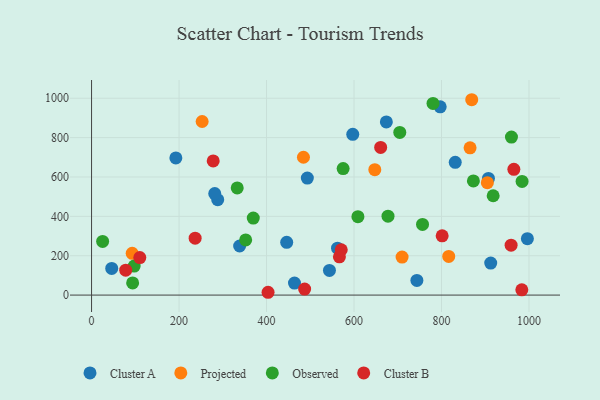
{"axis": {"x": "Speed", "y": "Sales"}, "legend": ["Cluster A", "Cluster B", "Observed", "Projected"], "data": [{"x": "46.1", "y": 135.6, "type": "Cluster A"}, {"x": "338.5", "y": 249.4, "type": "Cluster A"}, {"x": "288.4", "y": 484.7, "type": "Cluster A"}, {"x": "463.9", "y": 60.8, "type": "Cluster A"}, {"x": "597.1", "y": 816.4, "type": "Cluster A"}, {"x": "493.3", "y": 594.6, "type": "Cluster A"}, {"x": "192.7", "y": 696.6, "type": "Cluster A"}, {"x": "543.8", "y": 125.3, "type": "Cluster A"}, {"x": "446.1", "y": 267.8, "type": "Cluster A"}, {"x": "562.3", "y": 238.3, "type": "Cluster A"}, {"x": "797.0", "y": 956.4, "type": "Cluster A"}, {"x": "673.9", "y": 879.6, "type": "Cluster A"}, {"x": "996.3", "y": 286.6, "type": "Cluster A"}, {"x": "281.6", "y": 515.9, "type": "Cluster A"}, {"x": "907.3", "y": 592.7, "type": "Cluster A"}, {"x": "912.5", "y": 162.4, "type": "Cluster A"}, {"x": "743.7", "y": 74.5, "type": "Cluster A"}, {"x": "831.4", "y": 674.6, "type": "Cluster A"}, {"x": "865.3", "y": 748.1, "type": "Projected"}, {"x": "869.1", "y": 992.4, "type": "Projected"}, {"x": "816.5", "y": 196.5, "type": "Projected"}, {"x": "904.8", "y": 570.9, "type": "Projected"}, {"x": "709.9", "y": 192.9, "type": "Projected"}, {"x": "484.4", "y": 700.2, "type": "Projected"}, {"x": "647.5", "y": 637.0, "type": "Projected"}, {"x": "252.8", "y": 881.7, "type": "Projected"}, {"x": "92.9", "y": 212.3, "type": "Projected"}, {"x": "575.1", "y": 642.8, "type": "Observed"}, {"x": "369.7", "y": 391.1, "type": "Observed"}, {"x": "918.1", "y": 504.5, "type": "Observed"}, {"x": "25.3", "y": 272.5, "type": "Observed"}, {"x": "352.3", "y": 280.3, "type": "Observed"}, {"x": "780.6", "y": 973.8, "type": "Observed"}, {"x": "959.9", "y": 802.8, "type": "Observed"}, {"x": "97.4", "y": 147.4, "type": "Observed"}, {"x": "984.2", "y": 577.6, "type": "Observed"}, {"x": "677.7", "y": 401.0, "type": "Observed"}, {"x": "93.9", "y": 62.0, "type": "Observed"}, {"x": "608.9", "y": 398.2, "type": "Observed"}, {"x": "756.6", "y": 358.8, "type": "Observed"}, {"x": "333.0", "y": 544.2, "type": "Observed"}, {"x": "872.9", "y": 579.7, "type": "Observed"}, {"x": "704.6", "y": 826.5, "type": "Observed"}, {"x": "403.5", "y": 14.3, "type": "Cluster B"}, {"x": "487.1", "y": 30.7, "type": "Cluster B"}, {"x": "110.3", "y": 190.4, "type": "Cluster B"}, {"x": "236.8", "y": 289.2, "type": "Cluster B"}, {"x": "959.1", "y": 253.7, "type": "Cluster B"}, {"x": "566.6", "y": 194.4, "type": "Cluster B"}, {"x": "570.8", "y": 230.2, "type": "Cluster B"}, {"x": "278.1", "y": 681.5, "type": "Cluster B"}, {"x": "965.4", "y": 639.0, "type": "Cluster B"}, {"x": "801.5", "y": 301.0, "type": "Cluster B"}, {"x": "983.6", "y": 26.6, "type": "Cluster B"}, {"x": "78.1", "y": 126.7, "type": "Cluster B"}, {"x": "660.9", "y": 750.2, "type": "Cluster B"}]}